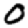
Digit: 0